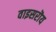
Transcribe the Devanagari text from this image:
वाइसरॊय